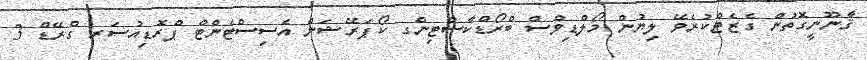
ޤާނޫނީގޮތުން ގެޒެޓްކުރެވޭ ލިޔުން މޯލްޑިވްސް ބްރޯޑްކާސްޓިންގ ކޯޕަރޭޝަން އެސިސްޓެންޓް ޕްރޮޑިއުސަރ ގްރޭޑް 3